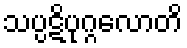
သပ္ပဋိပုဂ္ဂလောတိ